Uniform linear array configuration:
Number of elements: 32
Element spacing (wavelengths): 0.25
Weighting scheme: uniform
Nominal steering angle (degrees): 15
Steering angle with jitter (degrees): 16.067
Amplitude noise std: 0.05
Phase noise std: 0.05

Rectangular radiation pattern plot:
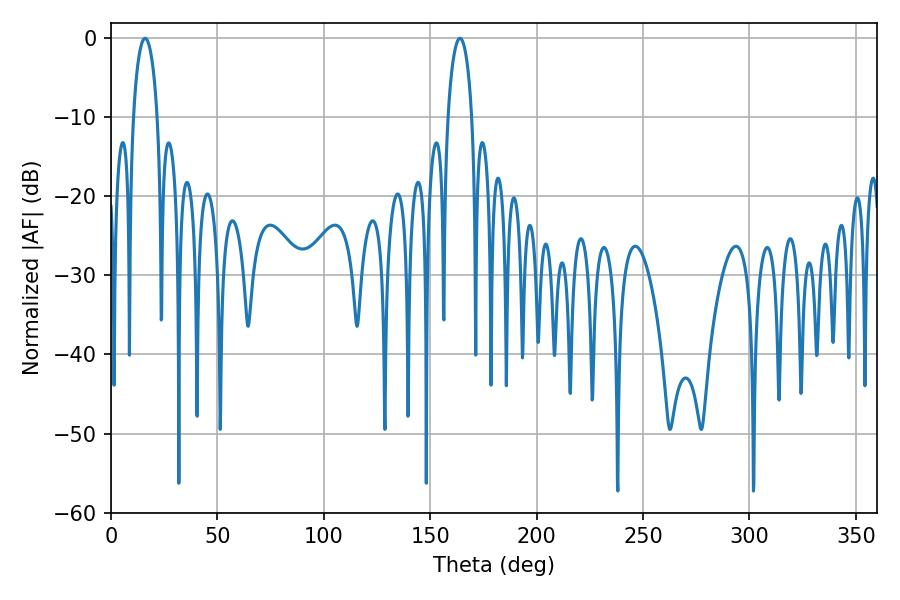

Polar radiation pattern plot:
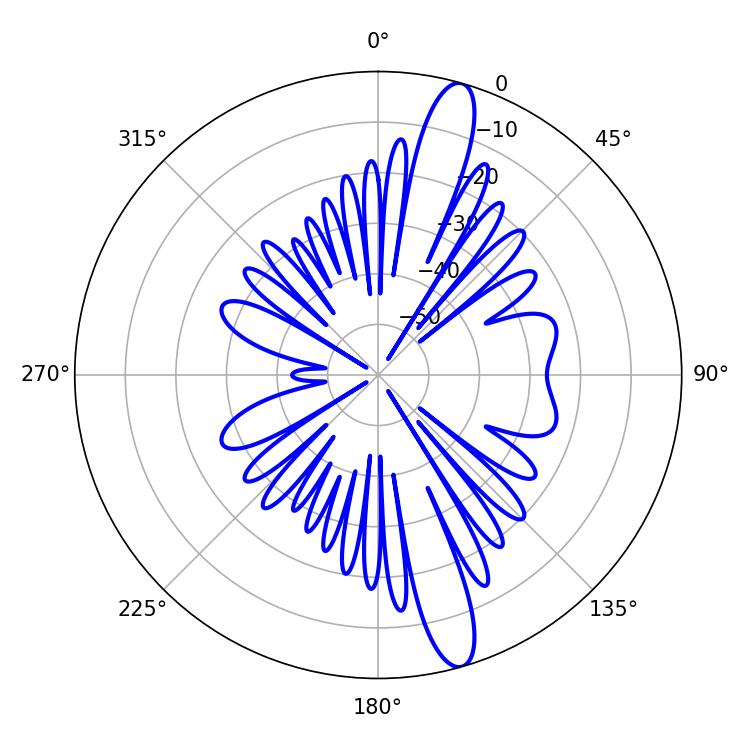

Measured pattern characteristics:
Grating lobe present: FALSE
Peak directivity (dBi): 14.384
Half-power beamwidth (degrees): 6.48
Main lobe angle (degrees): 16.02